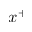
x ^ { + }